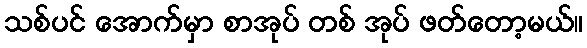
သစ်ပင် အောက်မှာ စာအုပ် တစ် အုပ် ဖတ်တော့မယ်။